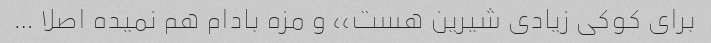
برای کوکی زیادی شیرین هست،، و مزه بادام هم نمیده اصلا …